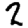
Digit: 2